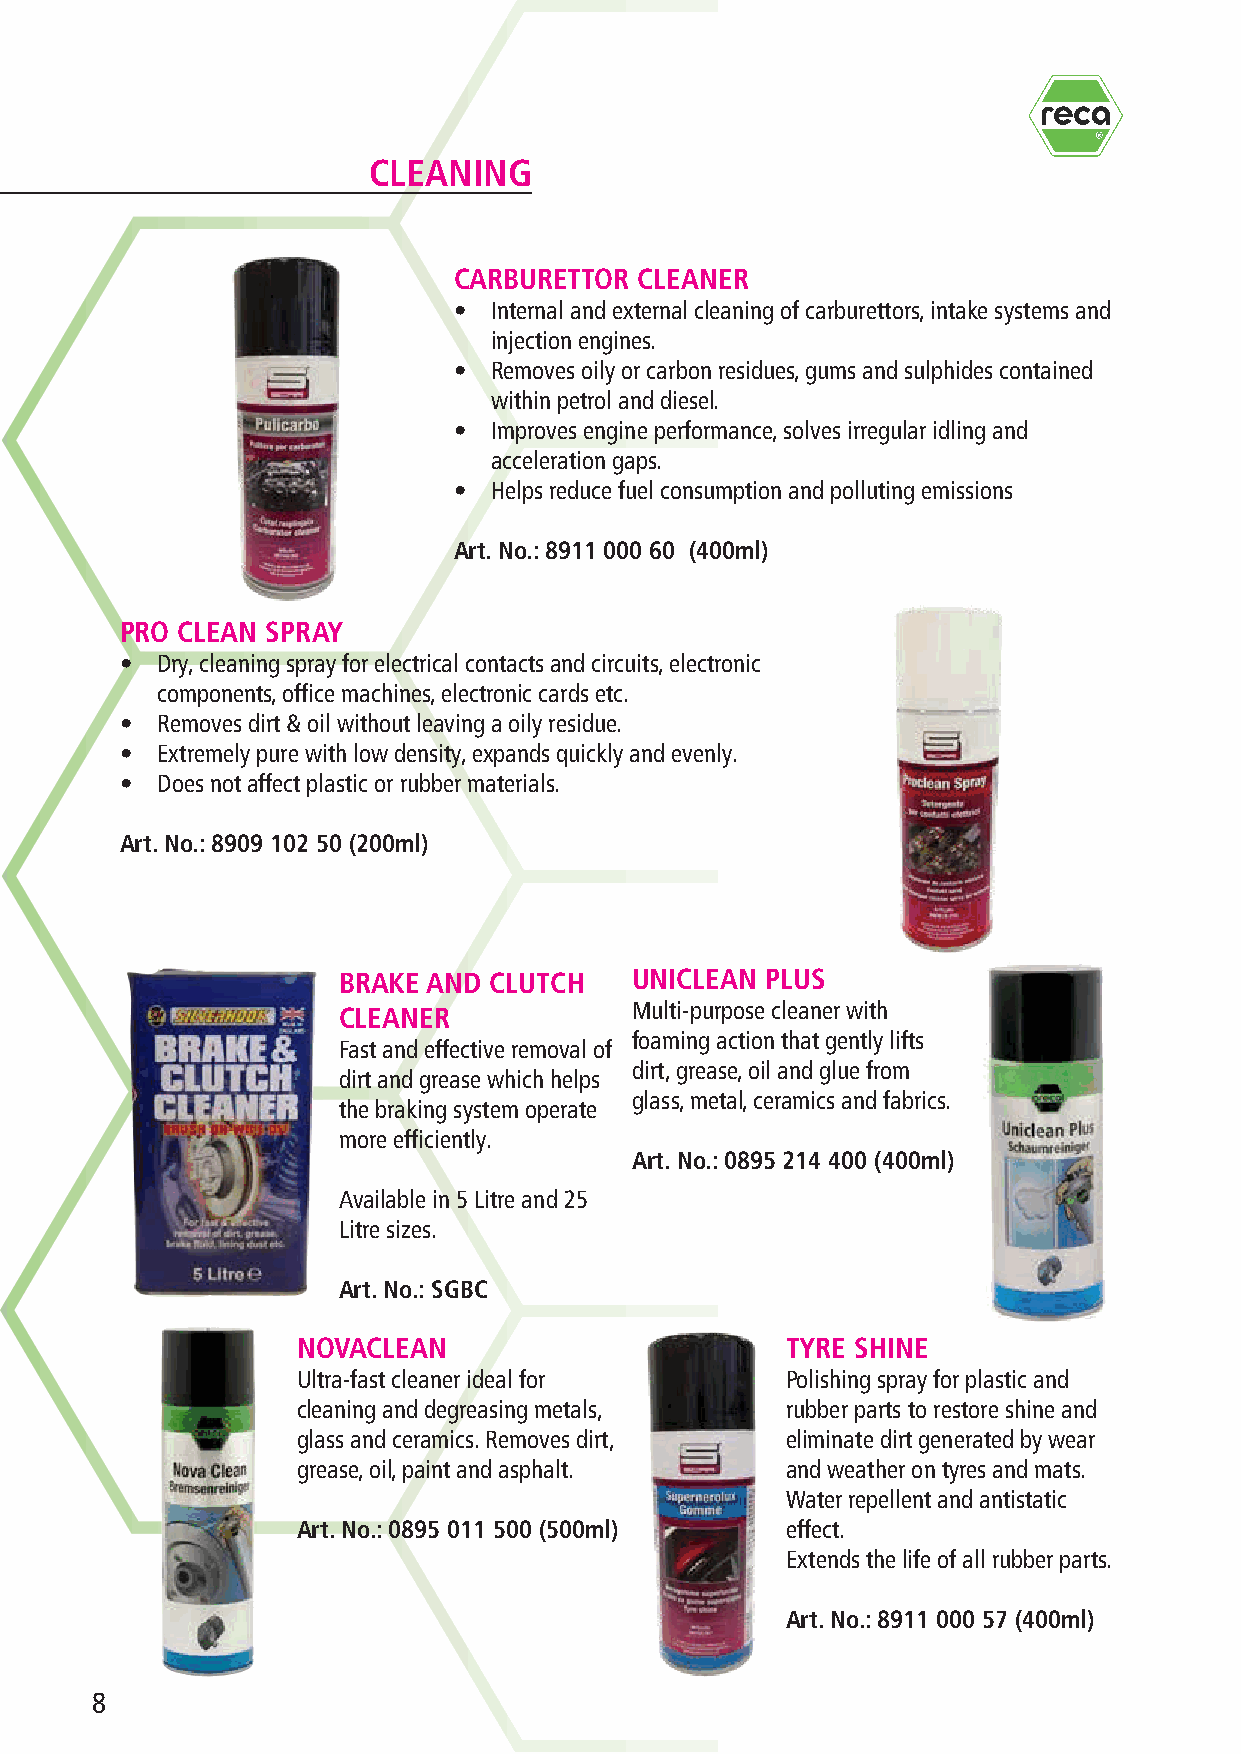
R
 CLEANING
 CARBURETTOR CLEANER
 • Internal and external cleaning of carburettors, intake systems and
 injection engines.
 • Removes oily or carbon residues, gums and sulphides contained
 within petrol and diesel.
 • Improves engine performance, solves irregular idling and
 acceleration gaps.
 • Helps reduce fuel consumption and polluting emissions
 Art. No.: 8911 000 60 (400ml)
 PRO CLEAN SPRAY
 • Dry, cleaning spray for electrical contacts and circuits, electronic
 components, office machines, electronic cards etc.
 • Removes dirt & oil without leaving a oily residue.
 • Extremely pure with low density, expands quickly and evenly.
 • Does not affect plastic or rubber materials.
 Art. No.: 8909 102 50 (200ml)
 BRAKE AND CLUTCH    UNICLEAN PLUS
 CLEANER             Multi-purpose cleaner with
 foaming action that gently lifts
 Fast and effective removal of
 dirt, grease, oil and glue from
 dirt and grease which helps
 glass, metal, ceramics and fabrics.
 the braking system operate
 more efficiently.
 Art. No.: 0895 214 400 (400ml)
 Available in 5 Litre and 25
 Litre sizes.
 Art. No.: SGBC
 NOVACLEAN                       TYRE SHINE
 Ultra-fast cleaner ideal for    Polishing spray for plastic and
 cleaning and degreasing metals, rubber parts to restore shine and
 glass and ceramics. Removes dirt, eliminate dirt generated by wear
 grease, oil, paint and asphalt. and weather on tyres and mats.
 Water repellent and antistatic
 Art. No.: 0895 011 500 (500ml)  effect.
 Extends the life of all rubber parts.
 Art. No.: 8911 000 57 (400ml)
 8